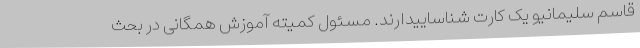
قاسم سلیمانیو یک کارت شناساییدارند. مسئول کمیته آموزش همگانی در بحث